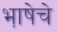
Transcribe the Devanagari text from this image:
भा़षेचे